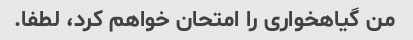
من گیاهخواری را امتحان خواهم کرد، لطفا.